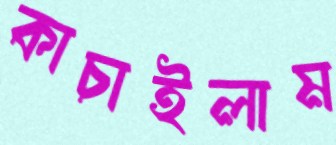
কাচাইলাম